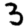
Digit: 3